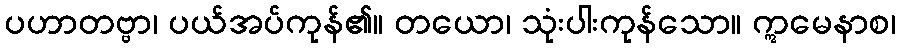
ပဟာတဗ္ဗာ၊ ပယ်အပ်ကုန်၏။ တယော၊ သုံးပါးကုန်သော။ ဣမေနာစ၊